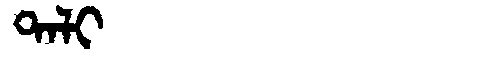
Manchu: ᡨᠠᠯᡳ
Romanization: TALI